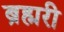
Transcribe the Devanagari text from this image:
ब्रह्मरी